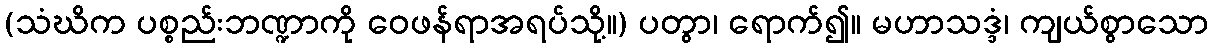
(သံဃိက ပစ္စည်းဘဏ္ဍာကို ဝေဖန်ရာအရပ်သို့။) ပတွာ၊ ရောက်၍။ မဟာသဒ္ဒံ၊ ကျယ်စွာသော